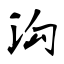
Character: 沟